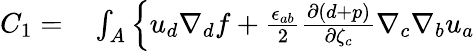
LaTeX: \begin{array}{rl}{C_{1}=}&{{}\int_{A}\left\{ u_{d}\nabla_{d}f+\frac{\epsilon_{ab}}{2}\frac{\partial(d+p)}{\partial{\zeta}_{c}}\nabla_{c}\nabla_{b}{u}_{a}\right.}\end{array}